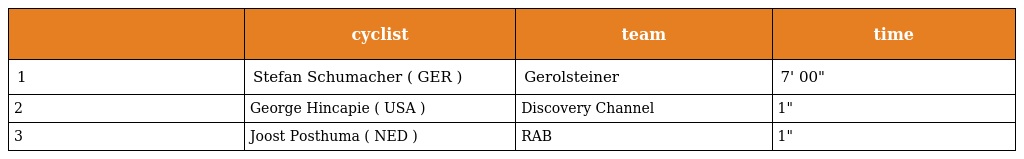
|  | cyclist | team | time |
 | --- | --- | --- | --- |
 | 1 | Stefan Schumacher ( GER ) | Gerolsteiner | 7' 00" |
 | 2 | George Hincapie ( USA ) | Discovery Channel | 1" |
 | 3 | Joost Posthuma ( NED ) | RAB | 1" |